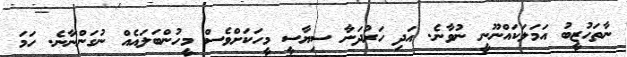
ނާތަހުޒީބު އަމަލަކައްނޫނީ ނުވާނެ. އަދި ހަރުދަނާ ސިޔާސީ މީހަކަށްވެސް މީހުންބަލައެއް ނުގަންނާނެ. ހަމަ